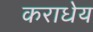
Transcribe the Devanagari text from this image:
कराधेय